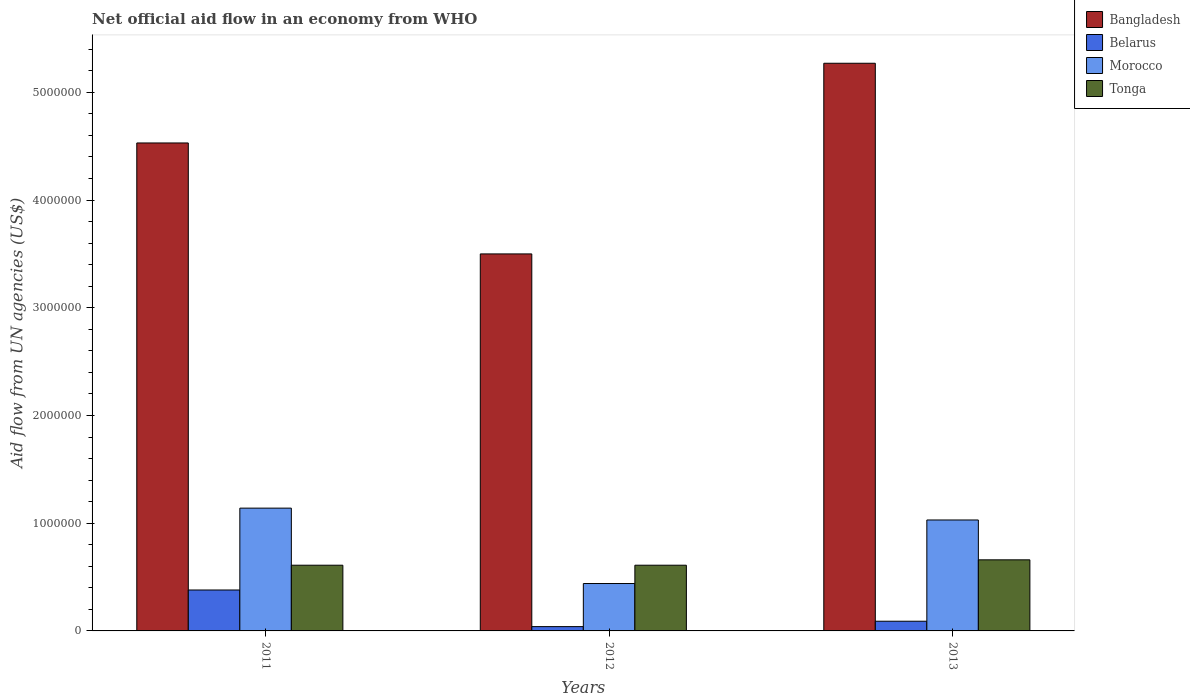
| Years | Bangladesh | Belarus | Morocco | Tonga |
 | --- | --- | --- | --- | --- |
 | 2011 | 4.53e+06 | 3.8e+05 | 1.14e+06 | 6.1e+05 |
 | 2012 | 3.5e+06 | 4e+04 | 4.4e+05 | 6.1e+05 |
 | 2013 | 5.27e+06 | 9e+04 | 1.03e+06 | 6.6e+05 |